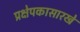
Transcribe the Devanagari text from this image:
प्रक्षेपकासारखे